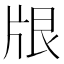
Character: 𪺢